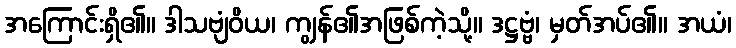
အကြောင်းရှိ၏။ ဒါသဗျံဝိယ၊ ကျွန်၏အဖြစ်ကဲ့သို့။ ဒဋ္ဌဗ္ဗံ၊ မှတ်အပ်၏။ အယံ၊